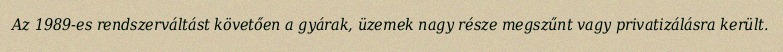
Az 1989-es rendszerváltást követően a gyárak, üzemek nagy része megszűnt vagy privatizálásra került.